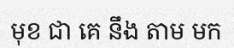
មុខ ជា គេ នឹង តាម មក